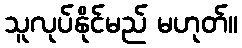
သူလုပ်နိုင်မည် မဟုတ်။